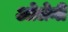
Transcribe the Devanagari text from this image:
ओलेनी